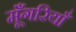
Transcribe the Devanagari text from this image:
मूँगरियाँ